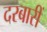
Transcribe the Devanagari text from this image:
दरबारीं